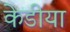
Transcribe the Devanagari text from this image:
केडीया